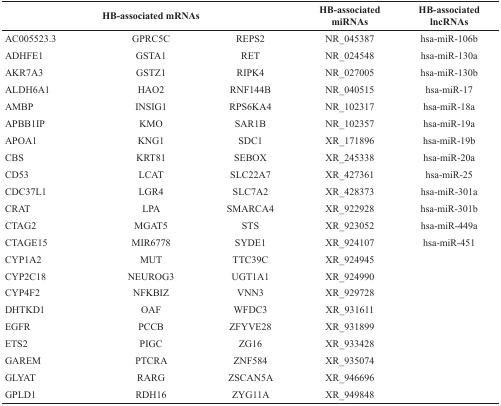
<table><thead><tr><td colspan="3"><b>HB-associated mRNAs</b></td><td><b>HB-associatedmiRNAs</b></td><td><b>HB-associatedlncRNAs</b></td></tr></thead><tbody><tr><td>AC005523.3</td><td>GPRC5C</td><td>REPS2</td><td>NR_045387</td><td>hsa-miR-106b</td></tr><tr><td>ADHFE1</td><td>GSTA1</td><td>RET</td><td>NR_024548</td><td>hsa-miR-130a</td></tr><tr><td>AKR7A3</td><td>GSTZ1</td><td>RIPK4</td><td>NR_027005</td><td>hsa-miR-130b</td></tr><tr><td>ALDH6A1</td><td>HAO2</td><td>RNF144B</td><td>NR_040515</td><td>hsa-miR-17</td></tr><tr><td>AMBP</td><td>INSIG1</td><td>RPS6KA4</td><td>NR_102317</td><td>hsa-miR-18a</td></tr><tr><td>APBB1IP</td><td>KMO</td><td>SAR1B</td><td>NR_102357</td><td>hsa-miR-19a</td></tr><tr><td>APOA1</td><td>KNG1</td><td>SDC1</td><td>XR_171896</td><td>hsa-miR-19b</td></tr><tr><td>CBS</td><td>KRT81</td><td>SEBOX</td><td>XR_245338</td><td>hsa-miR-20a</td></tr><tr><td>CD53</td><td>LCAT</td><td>SLC22A7</td><td>XR_427361</td><td>hsa-miR-25</td></tr><tr><td>CDC37L1</td><td>LGR4</td><td>SLC7A2</td><td>XR_428373</td><td>hsa-miR-301a</td></tr><tr><td>CRAT</td><td>LPA</td><td>SMARCA4</td><td>XR_922928</td><td>hsa-miR-301b</td></tr><tr><td>CTAG2</td><td>MGAT5</td><td>STS</td><td>XR_923052</td><td>hsa-miR-449a</td></tr><tr><td>CTAGE15</td><td>MIR6778</td><td>SYDE1</td><td>XR_924107</td><td>hsa-miR-451</td></tr><tr><td>CYP1A2</td><td>MUT</td><td>TTC39C</td><td>XR_924945</td><td></td></tr><tr><td>CYP2C18</td><td>NEUROG3</td><td>UGT1A1</td><td>XR_924990</td><td></td></tr><tr><td>CYP4F2</td><td>NFKBIZ</td><td>VNN3</td><td>XR_929728</td><td></td></tr><tr><td>DHTKD1</td><td>OAF</td><td>WFDC3</td><td>XR_931611</td><td></td></tr><tr><td>EGFR</td><td>PCCB</td><td>ZFYVE28</td><td>XR_931899</td><td></td></tr><tr><td>ETS2</td><td>PIGC</td><td>ZG16</td><td>XR_933428</td><td></td></tr><tr><td>GAREM</td><td>PTCRA</td><td>ZNF584</td><td>XR_935074</td><td></td></tr><tr><td>GLYAT</td><td>RARG</td><td>ZSCAN5A</td><td>XR_946696</td><td></td></tr><tr><td>GPLD1</td><td>RDH16</td><td>ZYG11A</td><td>XR_949848</td><td></td></tr></tbody></table>